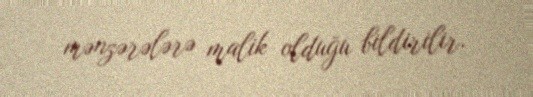
mənzərələrə malik olduğu bildirilir.